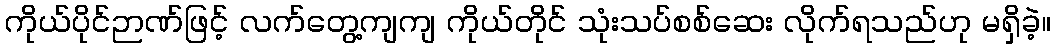
ကိုယ်ပိုင်ဉာဏ်ဖြင့် လက်တွေ့ကျကျ ကိုယ်တိုင် သုံးသပ်စစ်ဆေး လိုက်ရသည်ဟု မရှိခဲ့။